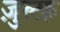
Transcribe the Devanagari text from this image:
ज़ुल्फ़